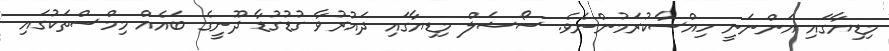
މިޑިޔާގައި އަންނަނީ ހިއްސާކުރަމުންނެވެ. ސޯޝަލް މިޑިޔާގައި ދައުރުވާ ގުޑުގުޑާ ދޫނީގެ ބައެއް މިމްސްތަކުގައި